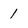
Character: 1